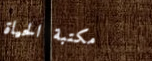
مكتبة الحياة